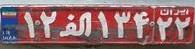
۱۲ا۱۳۴۲۲